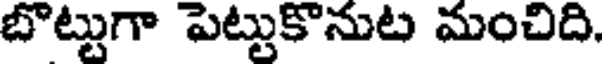
బొట్టుగా పెట్టుకొనుట మంచిది,